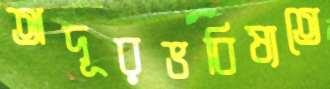
অদূরভবিষ্যতে